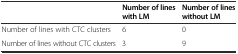
<table><thead><tr><td></td><td><b>Number of lines with LM</b></td><td><b>Number of lines without LM</b></td></tr></thead><tbody><tr><td>Number of lines with CTC clusters</td><td>6</td><td>0</td></tr><tr><td>Number of lines without CTC clusters</td><td>3</td><td>9</td></tr></tbody></table>